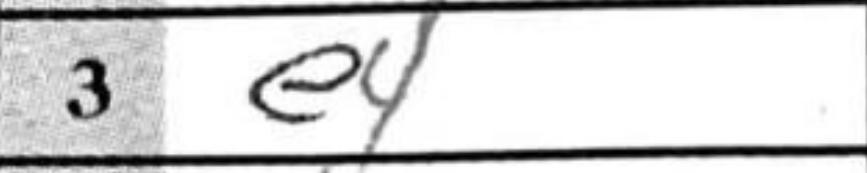
Transcription: e4